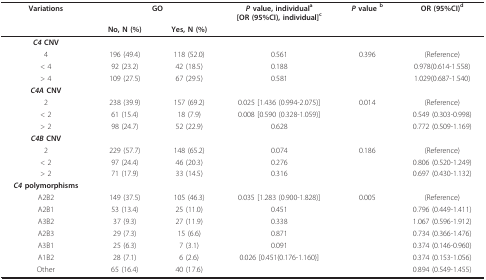
<table><thead><tr><td><b>Variations</b></td><td colspan="2"><b>GO</b></td><td><b><i>P </i>value, individual<sup>a</sup>[OR (95%CI), individual]<sup>c</sup></b></td><td><b><i>P </i>value <sup>b</sup></b></td><td><b>OR (95%CI)<sup>d</sup></b></td></tr><tr><td></td><td><b>No, N (%)</b></td><td><b>Yes, N (%)</b></td><td></td><td></td><td></td></tr></thead><tbody><tr><td><b><i>C4 </i>CNV</b></td><td></td><td></td><td></td><td></td><td></td></tr><tr><td>4</td><td>196 (49.4)</td><td>118 (52.0)</td><td>0.561</td><td>0.396</td><td>(Reference)</td></tr><tr><td>&lt; 4</td><td>92 (23.2)</td><td>42 (18.5)</td><td>0.188</td><td></td><td>0.978(0.614-1.558)</td></tr><tr><td>&gt; 4</td><td>109 (27.5)</td><td>67 (29.5)</td><td>0.581</td><td></td><td>1.029(0.687-1.540)</td></tr><tr><td><b><i>C4A </i>CNV</b></td><td></td><td></td><td></td><td></td><td></td></tr><tr><td>2</td><td>238 (39.9)</td><td>157 (69.2)</td><td>0.025 [1.436 (0.994-2.075)]</td><td>0.014</td><td>(Reference)</td></tr><tr><td>&lt; 2</td><td>61 (15.4)</td><td>18 (7.9)</td><td>0.008 [0.590 (0.328-1.059)]</td><td></td><td>0.549 (0.303-0.998)</td></tr><tr><td>&gt; 2</td><td>98 (24.7)</td><td>52 (22.9)</td><td>0.628</td><td></td><td>0.772 (0.509-1.169)</td></tr><tr><td><b><i>C4B </i>CNV</b></td><td></td><td></td><td></td><td></td><td></td></tr><tr><td>2</td><td>229 (57.7)</td><td>148 (65.2)</td><td>0.074</td><td>0.186</td><td>(Reference)</td></tr><tr><td>&lt; 2</td><td>97 (24.4)</td><td>46 (20.3)</td><td>0.276</td><td></td><td>0.806 (0.520-1.249)</td></tr><tr><td>&gt; 2</td><td>71 (17.9)</td><td>33 (14.5)</td><td>0.316</td><td></td><td>0.697 (0.430-1.132)</td></tr><tr><td><b><i>C4 </i>polymorphisms</b></td><td></td><td></td><td></td><td></td><td></td></tr><tr><td>A2B2</td><td>149 (37.5)</td><td>105 (46.3)</td><td>0.035 [1.283 (0.900-1.828)]</td><td>0.005</td><td>(Reference)</td></tr><tr><td>A2B1</td><td>53 (13.4)</td><td>25 (11.0)</td><td>0.451</td><td></td><td>0.796 (0.449-1.411)</td></tr><tr><td>A3B2</td><td>37 (9.3)</td><td>27 (11.9)</td><td>0.338</td><td></td><td>1.067 (0.596-1.912)</td></tr><tr><td>A2B3</td><td>29 (7.3)</td><td>15 (6.6)</td><td>0.871</td><td></td><td>0.734 (0.366-1.476)</td></tr><tr><td>A3B1</td><td>25 (6.3)</td><td>7 (3.1)</td><td>0.091</td><td></td><td>0.374 (0.146-0.960)</td></tr><tr><td>A1B2</td><td>28 (7.1)</td><td>6 (2.6)</td><td>0.026 [0.451(0.176-1.160)]</td><td></td><td>0.374 (0.153-1.056)</td></tr><tr><td>Other</td><td>65 (16.4)</td><td>40 (17.6)</td><td></td><td></td><td>0.894 (0.549-1.455)</td></tr></tbody></table>